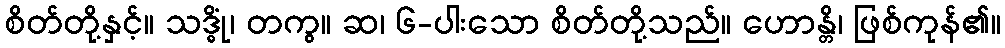
စိတ်တို့နှင့်။ သဒ္ဓိုံ၊ တကွ။ ဆ၊ ၆-ပါးသော စိတ်တို့သည်။ ဟောန္တိ၊ ဖြစ်ကုန်၏။